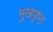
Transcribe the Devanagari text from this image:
मुखपृष्‍ठ